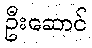
ဦးဆောင်